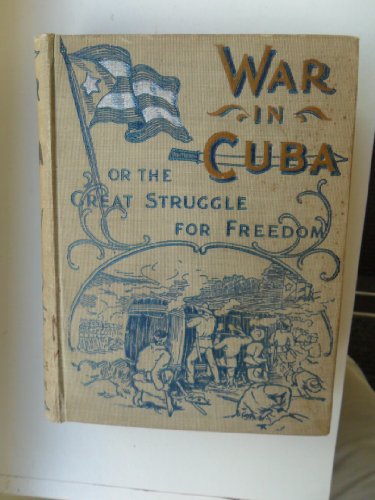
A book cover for The War in Cuba: Being a Full Account of Her Great Struggle for Freedom [Illustrated]; Gonzalo de Quesada; Travel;